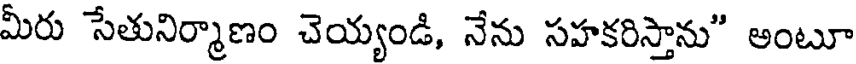
మీరు సేతునిర్మాణం చెయ్యండి, నేను సహకరిస్తాను" అంటూ